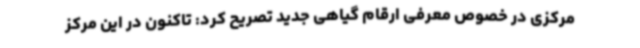
مرکزی در خصوص معرفی ارقام گیاهی جدید تصریح کرد: تاکنون در این مرکز